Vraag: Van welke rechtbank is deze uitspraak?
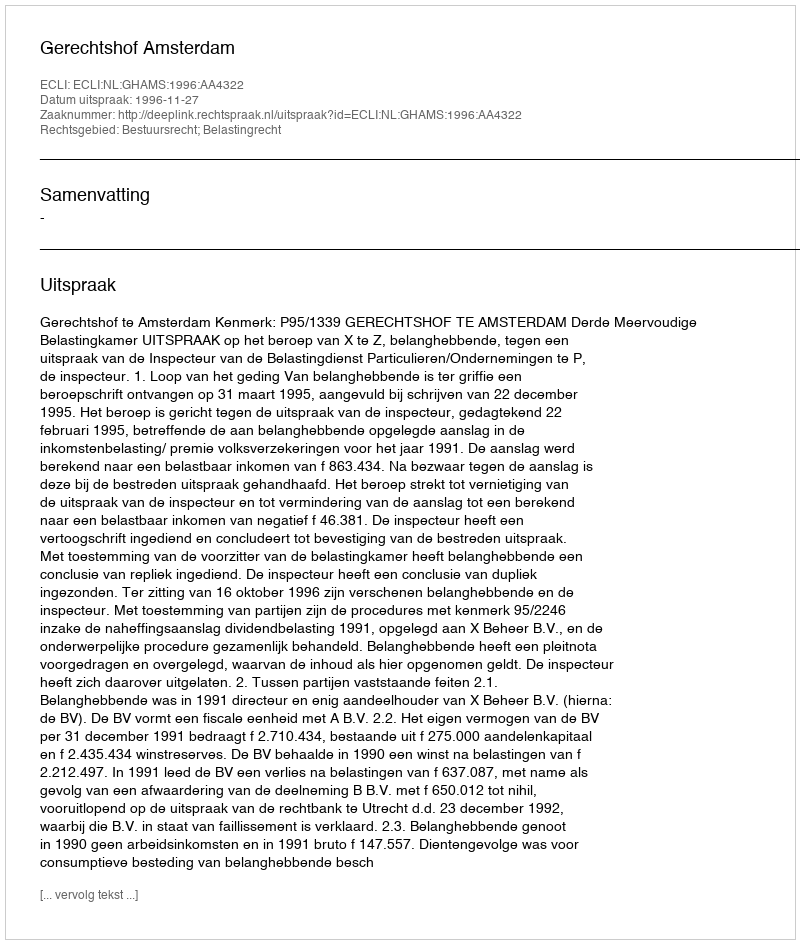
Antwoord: Gerechtshof Amsterdam